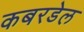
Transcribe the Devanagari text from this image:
कबरडेल